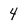
Character: 4